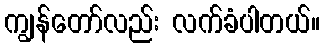
ကျွန်တော်လည်း လက်ခံပါတယ်။